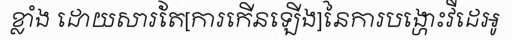
ខ្លាំង ដោយសារតែ[ការកើនឡើង]នៃការបង្ហោះវីដេអូ